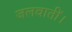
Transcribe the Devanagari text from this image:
जलवातीं।